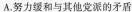
A.努力缓和与其它党派的矛盾